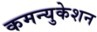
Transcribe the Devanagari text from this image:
कमन्युकेशन